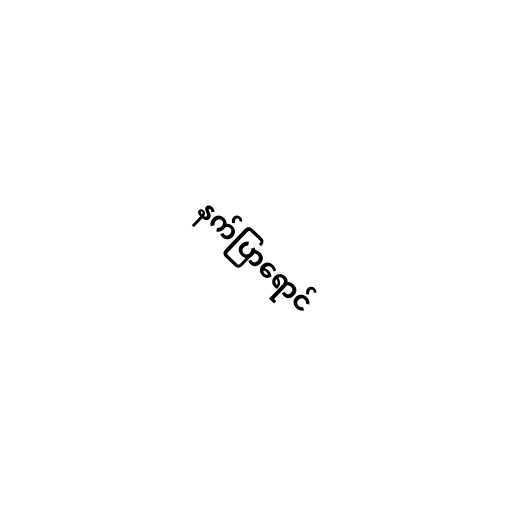
နက်ပြာရောင်